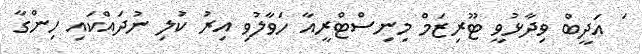
ަ އަދީބް ވިދާޅުވީ ޓޫރިޒަމް މިނިސްޓްރީއާ ހަވާލުވި އިރު ކުލި ނުދައްކައި ހިންގާ